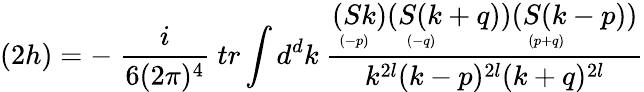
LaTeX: (2h)=-\ \frac{i}{6(2\pi)^{4}}\ tr\int d^{d}k\ \frac{\stackrel{\displaystyle(Sk)}{\scriptscriptstyle(-p)\phantom{+}}\stackrel{\displaystyle(S(k+q))}{\scriptscriptstyle(-q)\phantom{+qqqqqqq}}\stackrel{\displaystyle(S(k-p))}{\scriptscriptstyle(p+q)\phantom{+qqqqqqq}}}{k^{2l}(k-p)^{2l}(k+q)^{2l}}